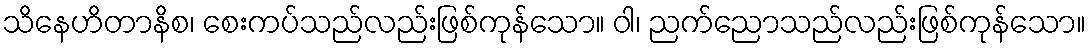
သိနေဟိတာနိစ၊ စေးကပ်သည်လည်းဖြစ်ကုန်သော။ ဝါ၊ ညက်ညောသည်လည်းဖြစ်ကုန်သော။